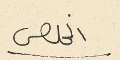
المخلص